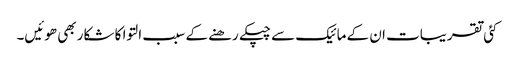
کئی تقریبات ان کے مائیک سے چپکے رھنے کے سبب التوا کا شکار بھی ھوئیں۔